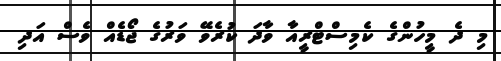
މި ދެ މީހުންގެ ކެމިސްޓްރީއާ ވާދަ ކުރެވޭ ވަރުގެ ޖޯޑެއް ވެސް އަދި